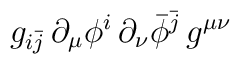
g_{i\bar j}\,\partial_\mu\phi^i\, \partial_\nu\bar\phi^{\bar j}\, g^{\mu\nu} \,